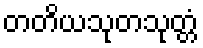
တတိယသုတသုတ္တံ